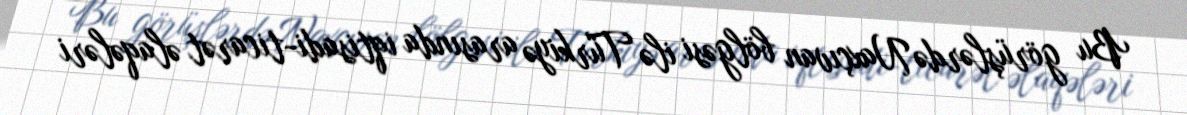
Bu görüşlərdə Naxçıvan bölgəsi ilə Türkiyə arasında iqtisadi-ticarət əlaqələri